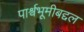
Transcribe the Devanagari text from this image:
पार्श्वभूमीबद्दल